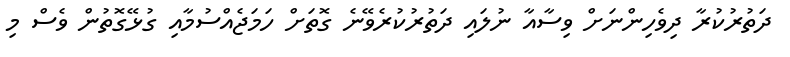
ދަތުރުކުރާ ދިވެހިންނަށް ވިސާއާ ނުލައި ދަތުރުކުރެވޭނެ ގޮތަށް ހަމަޖެއްސުމާއި ގުޅޭގޮތުން ވެސް މި